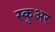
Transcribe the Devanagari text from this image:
स्कुअर